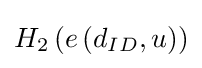
\textstyle H_{2}\left(e\left(d_{ID},u\right)\right)